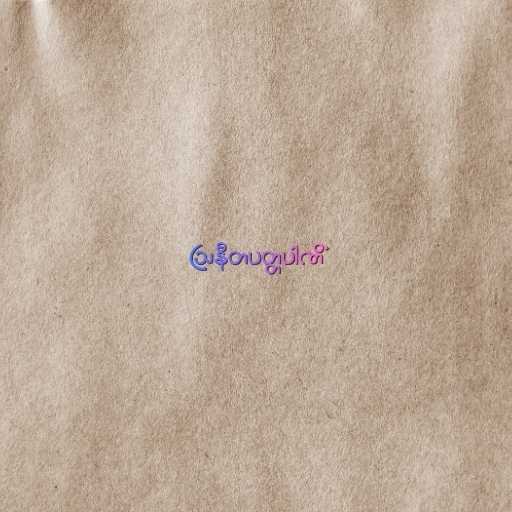
ဩနီတပတ္တပါဏိံ